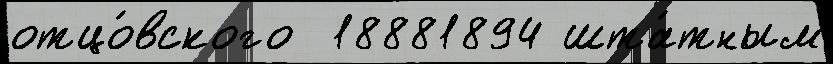
отцо́вского  18881894 шта́тным